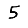
Digit: 5